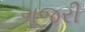
ગૂજરી